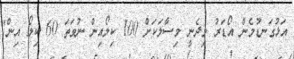
އަޅުގަނޑުމެން އޯޑަރު މިދެނީ މިސާލަކަށް 100 ކިލޯއިން ނުވަތަ 60 ކިލޯ އިން"